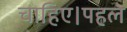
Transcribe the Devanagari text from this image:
चाहिए।पहले